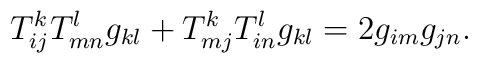
T_{ij}^kT_{mn}^lg_{kl}+T_{mj}^kT_{in}^lg_{kl}=2g_{im}g_{jn}.